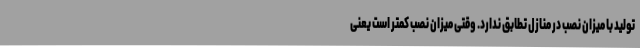
تولید با میزان نصب در منازل تطابق ندارد. وقتی میزان نصب کمتر است یعنی